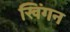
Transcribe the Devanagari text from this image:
खिंगन